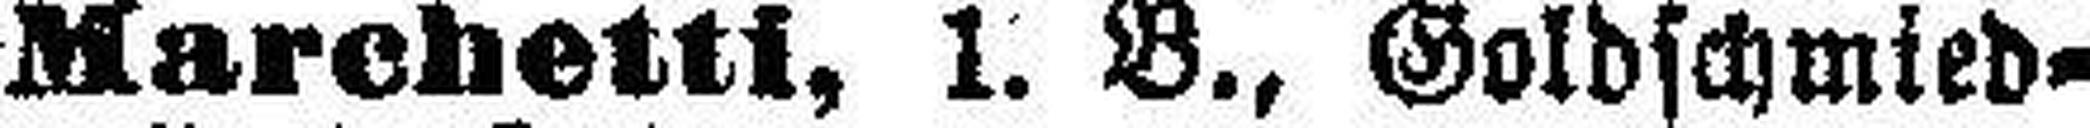
Marchetti, 1. B., Goldschmied¬